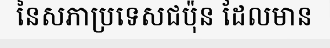
នៃសភាប្រទេសជប៉ុន ដែលមាន